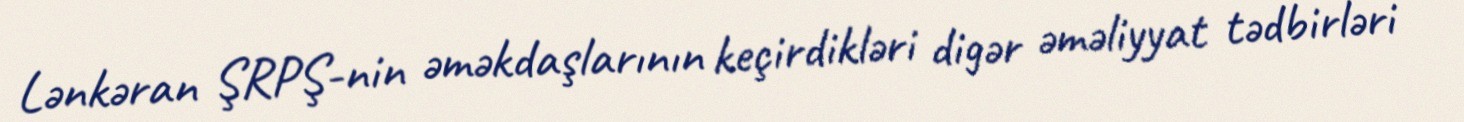
Lənkəran ŞRPŞ-nin əməkdaşlarının keçirdikləri digər əməliyyat tədbirləri